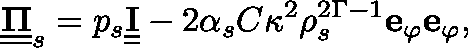
\underline { { \underline { { \mathbf { \Pi } } } } } _ { s } = p _ { s } \underline { { \underline { { \mathbf { I } } } } } - 2 \alpha _ { s } C \kappa ^ { 2 } \rho _ { s } ^ { 2 \Gamma - 1 } \mathbf { e } _ { \varphi } \mathbf { e } _ { \varphi } ,